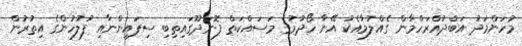
މުހަންމަދު އަބްދުއްރަހްމާން ގެއްލުމާއެކު އޭނާ ހޯދުމުގެ މަސައްކަތް ފޮނަދޫގައިތިބި ސިފައިންނާއި ފުލުހުންގެ އިތުރުން